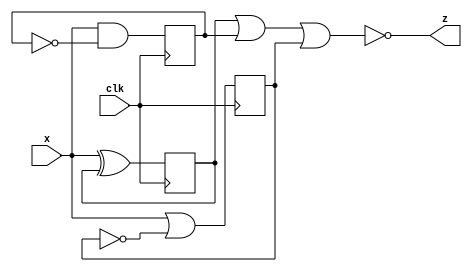
module top_module (
    input clk,
    input x,
    output z
); 
/*********************************************
when you instance module it is error to bind a reg
to the reg output. reg unlike the wire, it will generate
2 registers, and the status will update until next clock.
that may genarete some errors.
*********************************************/

reg q1, q2, q3;
initial begin
    q1 = 0;
    q2 = 0;
    q3 = 0;
end


always @(posedge clk ) begin
    q1 <= x ^ q1;
    q2 <= x & ~q2;
    q3 <= x | ~q3;
end

assign z = ~(q1 | q2 | q3);

// udff udff1(d1, clk, q1, nq1);
// udff udff2(d2, clk, q2, nq2);
// udff udff3(d3, clk, q3, nq3);



endmodule

// module udff(
//     input d,
//     input clk,
//     output reg q,
//     output reg nq
// );

// always @(posedge clk ) begin
//    q <= d;
//    nq <= ~d; 
// end

// endmodule